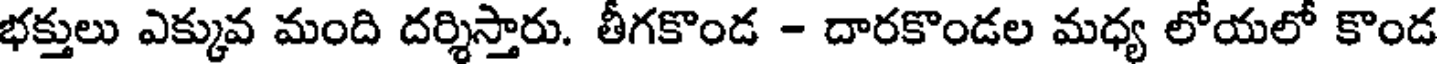
భక్తులు ఎక్కువ మంది దర్శిస్తారు. తీగకొండ - దారకొండల మధ్య లోయలో కొండ